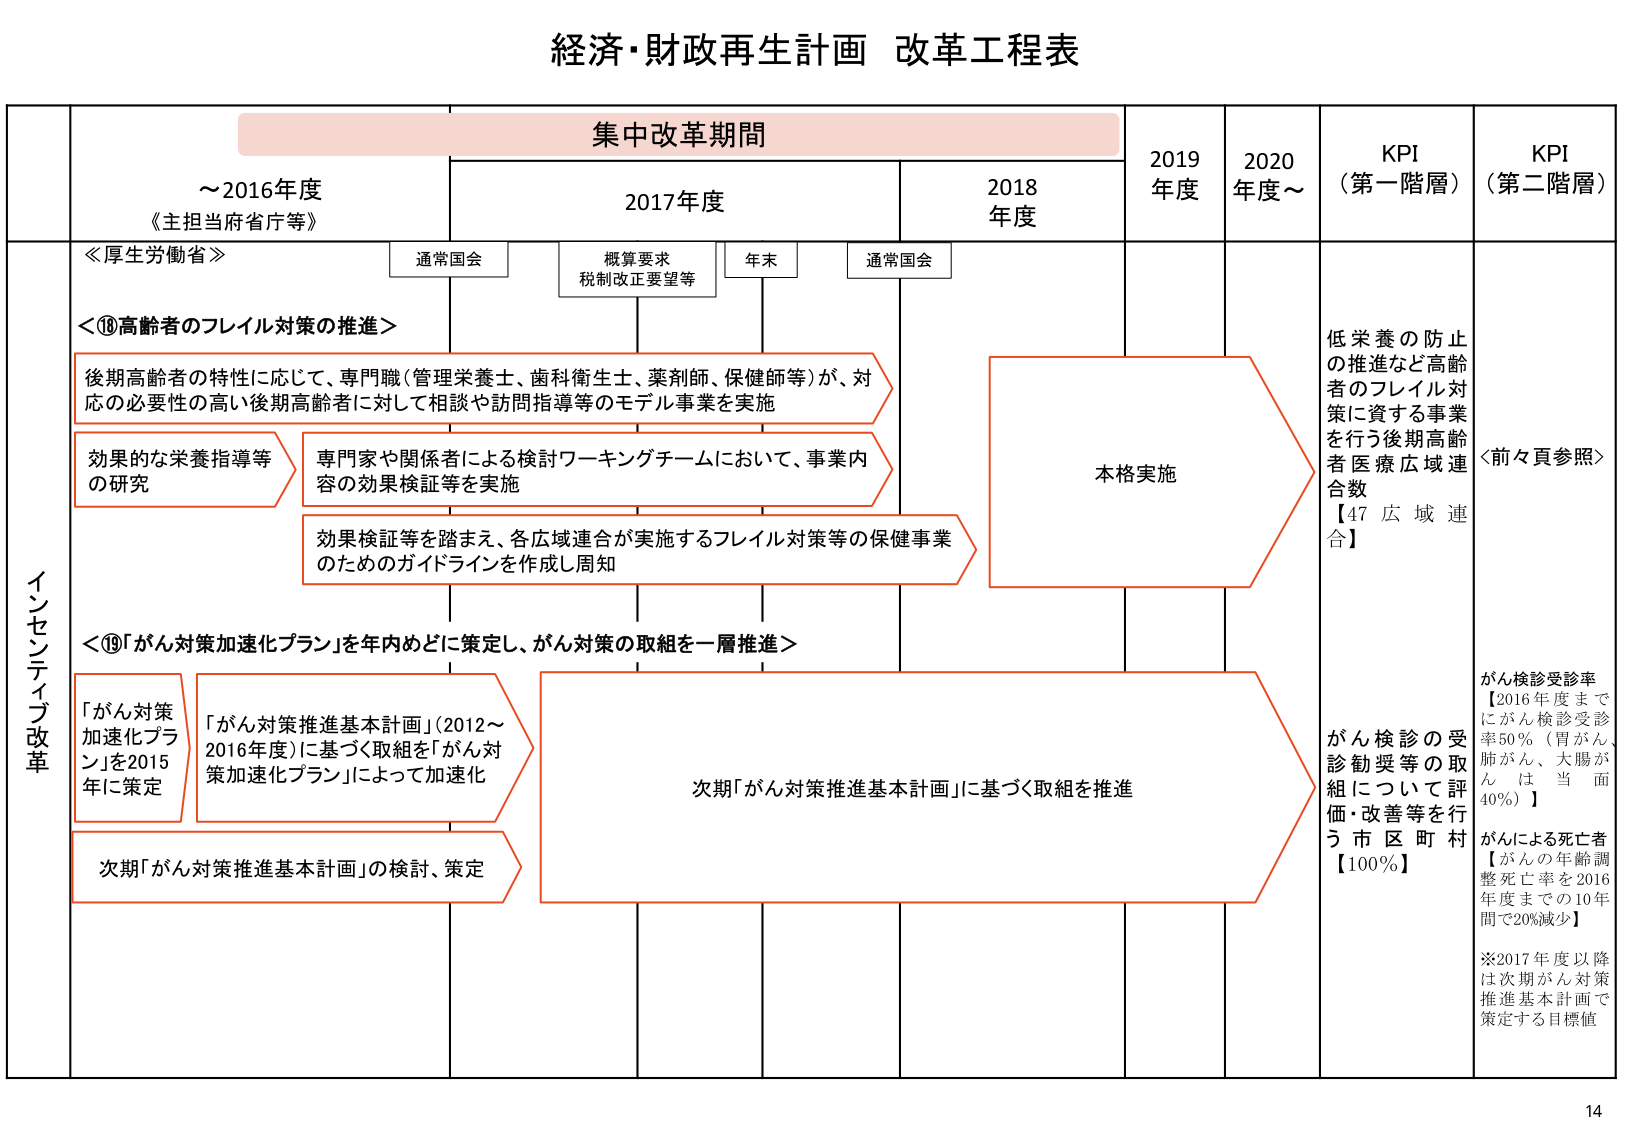
経済・財政再生計画 改革工程表

集中改革期間

～2016年度
《主担当府省庁等》

2017年度

2018年度

2019年度

2020年度～

KPI
（第一階層）

KPI
（第二階層）

通常国会

概算要求
税制改正要望等

年末

通常国会

≪厚生労働省≫

＜⑱高齢者のフレイル対策の推進＞

後期高齢者の特性に応じて、専門職（管理栄養士、歯科衛生士、薬剤師、保健師等）が、対応の必要性の高い後期高齢者に対して相談や訪問指導等のモデル事業を実施

効果的な栄養指導等の研究

専門家や関係者による検討ワーキングチームにおいて、事業内容の効果検証等を実施

効果検証等を踏まえ、各広域連合が実施するフレイル対策等の保健事業のためのガイドラインを作成し周知

本格実施

低栄養の防止の推進など高齢者のフレイル対策に資する事業を行う後期高齢者医療広域連合数
【47広域連合】

＜前々頁参照＞

インセンティブ改革

＜⑲「がん対策加速化プラン」を年内どに策定し、がん対策の取組を一層推進＞

「がん対策加速化プラン」を2015年に策定

「がん対策推進基本計画」（2012～2016年度）に基づく取組を「がん対策加速化プラン」によって加速化

次期「がん対策推進基本計画」の検討、策定

次期「がん対策推進基本計画」に基づく取組を推進

がん検診の受診勧奨等の取組について評価・改善等を行う市区町村
【100％】

がん検診受診率
【2016年度までにがん検診受診率50％（胃がん、肺がん、大腸がんは当面40％）】

がんによる死亡者
【がんの年齢調整死亡率を2016年度までの10年間で20％減少】

※2017年度以降は次期がん対策推進基本計画で策定する目標値

14